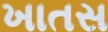
ખાતસ